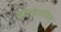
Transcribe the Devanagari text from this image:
ऐमिलॉइडोसिस